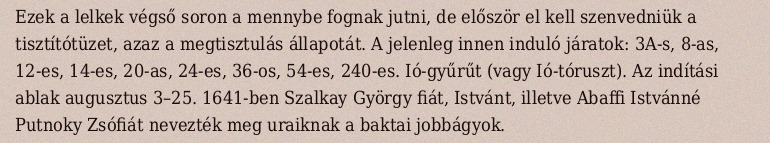
Ezek a lelkek végső soron a mennybe fognak jutni, de először el kell szenvedniük a tisztítótüzet, azaz a megtisztulás állapotát. A jelenleg innen induló járatok: 3A-s, 8-as, 12-es, 14-es, 20-as, 24-es, 36-os, 54-es, 240-es. Ió-gyűrűt (vagy Ió-tóruszt). Az indítási ablak augusztus 3–25. 1641-ben Szalkay György fiát, Istvánt, illetve Abaffi Istvánné Putnoky Zsófiát nevezték meg uraiknak a baktai jobbágyok.